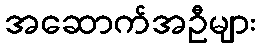
အဆောက်အဦများ